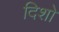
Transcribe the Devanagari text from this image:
दिशो